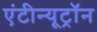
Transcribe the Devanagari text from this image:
एंटीन्यूट्रॉन